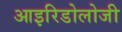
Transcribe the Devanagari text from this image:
आइरिडोलोजी